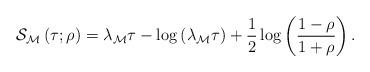
LaTeX: \begin{align*}\mathcal{S}_{\mathcal{M}^{}}\left( \tau;\rho\right)=\lambda_{\mathcal{M}}\tau-\log\left( \lambda_{\mathcal{M}}\tau\right)+\frac{1}{2}\log\left( \frac{1-\rho}{1+\rho}\right) . \end{align*}